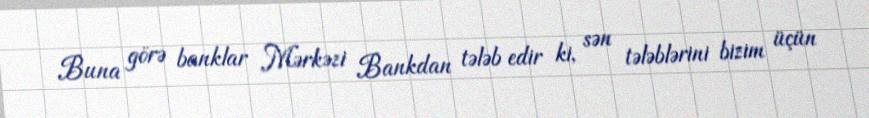
Buna görə banklar Mərkəzi Bankdan tələb edir ki, sən tələblərini bizim üçün